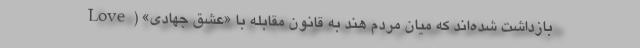
بازداشت شده‌اند که میان مردم هند به قانون مقابله با «عشق جهادی» (Love